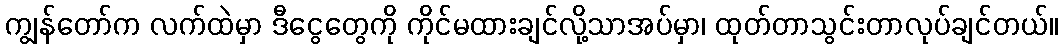
ကျွန်တော်က လက်ထဲမှာ ဒီငွေတွေကို ကိုင်မထားချင်လို့သာအပ်မှာ၊ ထုတ်တာသွင်းတာလုပ်ချင်တယ်။